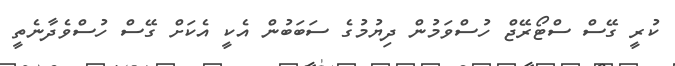
ކުރީ ގޭސް ސްޓޯރޭޖް ހުސްވަމުން ދިޔުމުގެ ސަބަބުން އެކީ އެކަށް ގޭސް ހުސްވެދާނެތީ